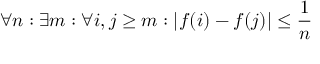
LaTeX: \forall n : \exists m : \forall i , j \geq m : | f ( i ) - f ( j ) | \leq { \frac { 1 } { n } }